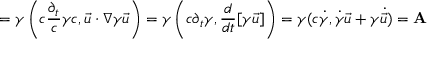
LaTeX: = \gamma \left( c { \frac { \partial _ { t } } { c } } \gamma c , { \vec { u } } \cdot \nabla \gamma { \vec { u } } \right) = \gamma \left( c \partial _ { t } \gamma , { \frac { d } { d t } } [ \gamma { \vec { u } } ] \right) = \gamma ( c { \dot { \gamma } } , { \dot { \gamma } } { \vec { u } } + \gamma { \dot { \vec { u } } } ) = \mathbf { A }